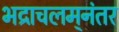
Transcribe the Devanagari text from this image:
भद्राचलम्‌नंतर